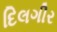
દિલગીર